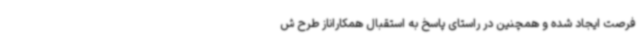
فرصت ایجاد شده و همچنین در راستای پاسخ به استقبال همکاراناز طرح ش